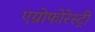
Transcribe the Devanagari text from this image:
एग्रोफोरेस्ट्री